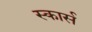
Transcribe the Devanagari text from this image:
स्कार्स